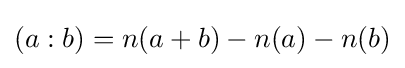
(a:b)=n(a+b)-n(a)-n(b)